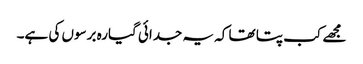
مجھے کب پتا تھا کہ یہ جدائی گیارہ برسوں کی ہے۔